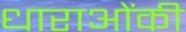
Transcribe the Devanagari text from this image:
धाराओंकी